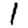
Digit: 1